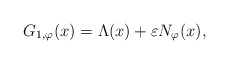
\begin{align*}G_{1, \varphi}(x) = \Lambda(x) + \varepsilon N_{\varphi}(x),\end{align*}